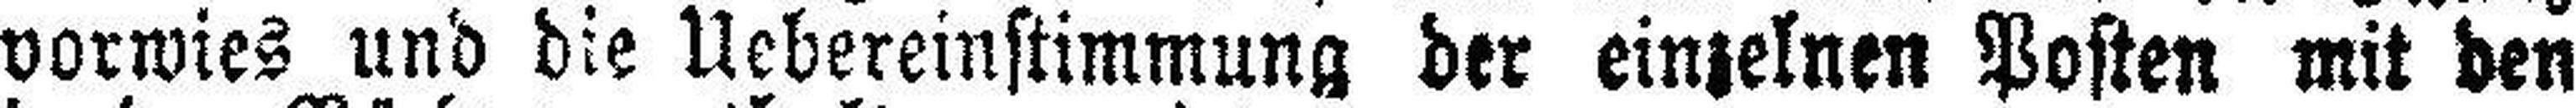
vorwies und die Uebereinstimmung der einzelnen Posten mit den